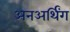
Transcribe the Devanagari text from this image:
अनअर्थिंग